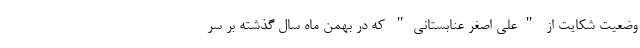
وضعیت شکایت از "علی اصغر عنابستانی" که در بهمن ماه سال گذشته بر سر